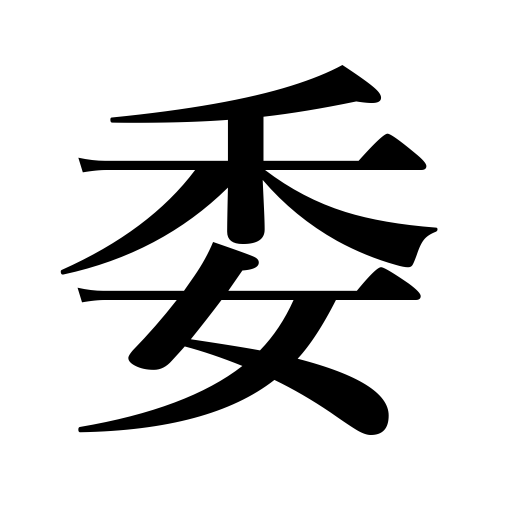
Meanings: entrust to,discard,devote oneself to